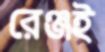
রেঞ্জই